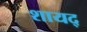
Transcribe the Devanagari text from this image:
शायद्